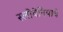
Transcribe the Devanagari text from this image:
स्लोवेनियाचे